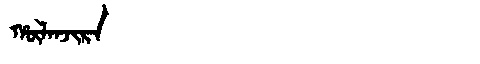
Manchu: ᡥᡡᠯᠠᠨᠵᡳᡵᠠ
Romanization: HŪLANJIRA